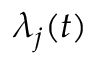
\lambda _ { j } ( t )